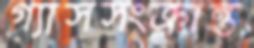
গ্যাসসংক্রান্ত